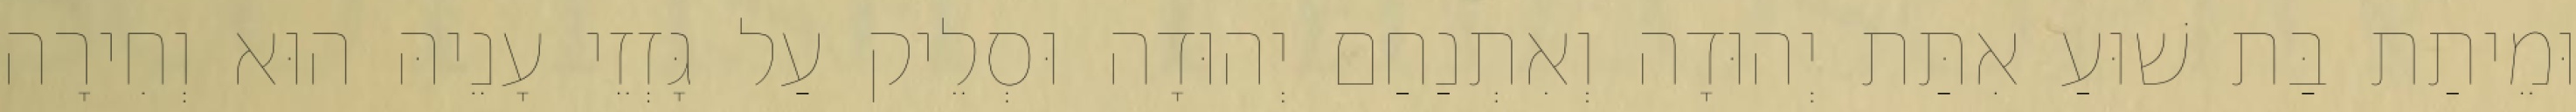
וּמֵיתַת בַּת שׁוּעַ אִתַּת יְהוּדָה וְאִתְנַחַם יְהוּדָה וּסְלֵיק עַל גָּזְזֵי עָנֵיהּ הוּא וְחִירָה